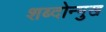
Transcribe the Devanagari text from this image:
शब्दोन्मुख